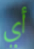
أي